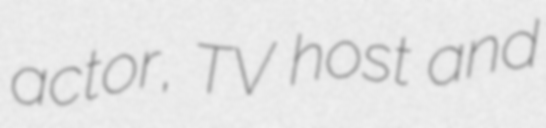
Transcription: actor, TV host and